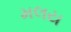
મલય